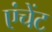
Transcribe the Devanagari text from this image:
एंचेंट